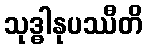
သုဒ္ဓါနုပဿီတိ